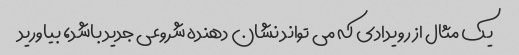
یک مثال از رویدادی که می تواند نشان دهنده شروعی جدید باشد، بیاورید